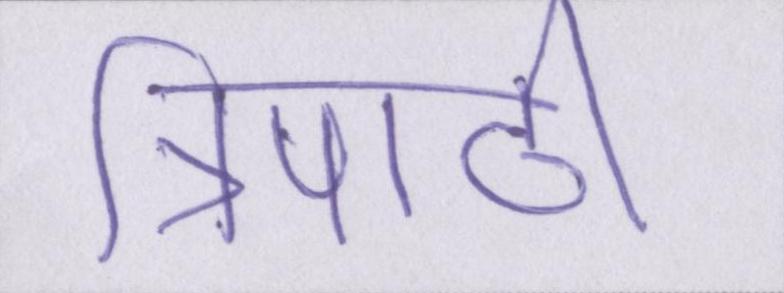
त्रिपाठी